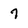
Character: 7